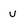
Character: u